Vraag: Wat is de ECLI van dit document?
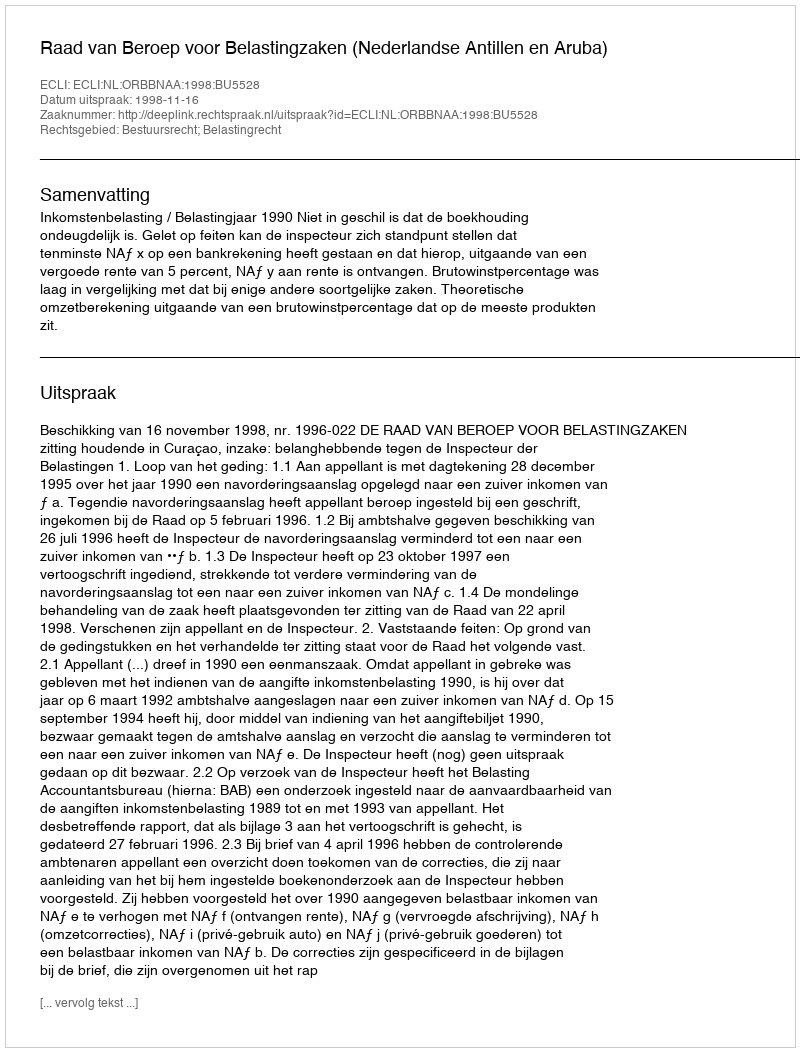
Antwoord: ECLI:NL:ORBBNAA:1998:BU5528